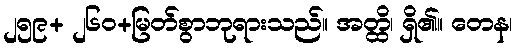
၂၅၉+ ၂၆၀+မြတ်စွာဘုရားသည်။ အတ္ထိ၊ ရှိ၏။ တေန၊